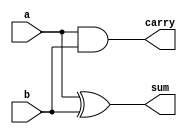
module ha_dataflow (a,b,sum,carry);

input a,b;
output sum, carry;

assign sum = a^b;
assign carry = a&b;
    
endmodule